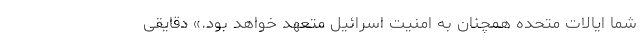
شما ایالات متحده همچنان به امنیت اسرائیل متعهد خواهد بود.» دقایقی